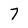
Character: 7